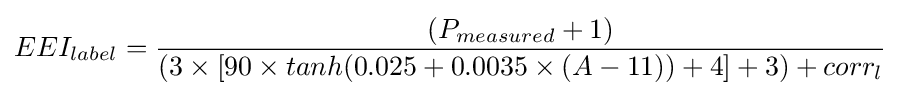
EEI_{label}={\frac {(P_{measured}+1)}{(3\times [90\times tanh(0.025+0.0035\times (A-11))+4]+3)+corr_{l}}}